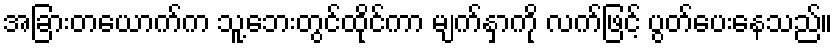
အခြားတယောက်က သူ့ဘေးတွင်ထိုင်ကာ မျက်နှာကို လက်ဖြင့် ပွတ်ပေးနေသည်။